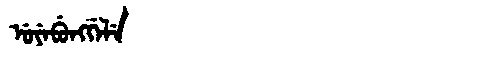
Manchu: ᡠᠶᡝᠪᡠᠩᡤᡝᠯᡝ
Romanization: UYEBUNGGELE